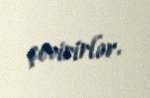
çevirirlər.